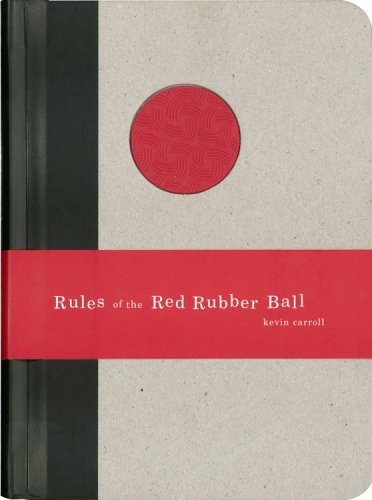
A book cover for Rules of the Red Rubber Ball: Find and Sustain Your Life's Work; Kevin Carroll; Sports & Outdoors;